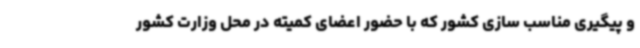
و پیگیری مناسب سازی کشور که با حضور اعضای کمیته در محل وزارت کشور